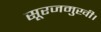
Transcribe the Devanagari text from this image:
सूरजमुखी।